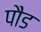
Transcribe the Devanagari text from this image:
पाैड